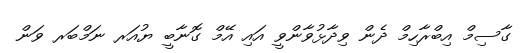
ގާސިމް އިބްރާހިމް ދެން ވިދާޅުވާންވީ އައި އޭމް ގޮނާބީ ޔުއަރ ނަމްބަރ ވަން